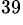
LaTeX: ^{39}